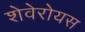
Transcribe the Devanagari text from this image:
शेवेरोयस